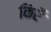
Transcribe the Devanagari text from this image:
किर्रे